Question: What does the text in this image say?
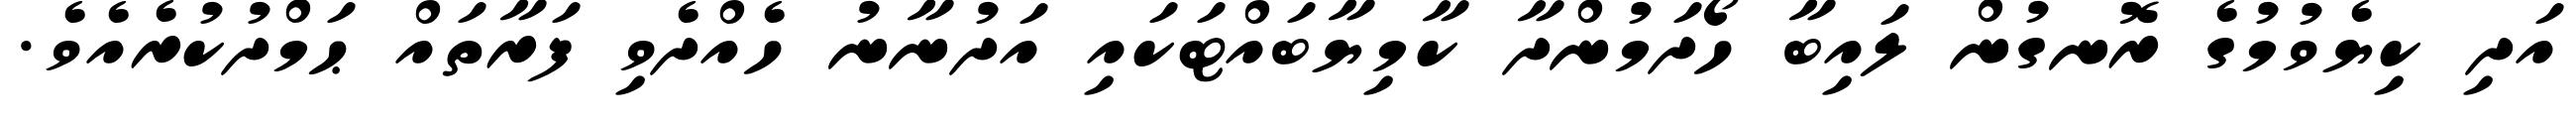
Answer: އަދި ކިޔެވުމުގެ ރޮނގުން ލައިބާ ހޯދަމުންދާ ކާމިޔާބައްޓަކައި އަދުނާނު ހެއްދެވި ފަރާތައް ޙަމްދުކުރެއެވެ.